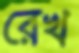
রেখ